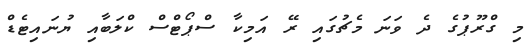
މި ގްރޫޕުގެ ދެ ވަނަ މެޗުގައި ރޭ އަމިކާ ސްޕޯޓްސް ކްލަބާއި ޔުނައިޓެޑް